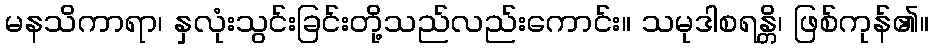
မနသိကာရာ၊ နှလုံးသွင်းခြင်းတို့သည်လည်းကောင်း။ သမုဒါစရန္တိ၊ ဖြစ်ကုန်၏။